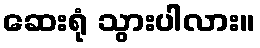
ဆေးရုံ သွားပါလား။